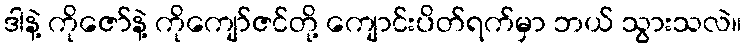
ဒါနဲ့ ကိုဇော်နဲ့ ကိုကျော်ဇင်တို့ ကျောင်းပိတ်ရက်မှာ ဘယ် သွားသလဲ။